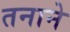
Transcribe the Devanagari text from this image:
तनाने